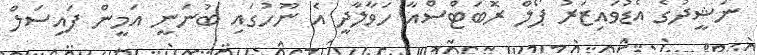
ނަޝީދުގެ އެޑުވައިޒަރު ޕޯލް ރޮބަޓްސްއާ ހަވާލާދީ އެ ނޫހުގައި ބުނަނީ އަމީން ފައިސަލް